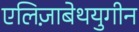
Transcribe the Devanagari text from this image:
एलिज़ाबेथयुगीन